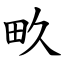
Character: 畂